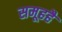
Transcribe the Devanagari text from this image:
समूहहै